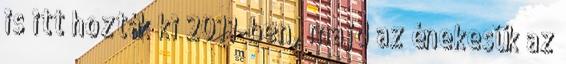
is itt hozták ki 2011-ben, majd az énekesük az